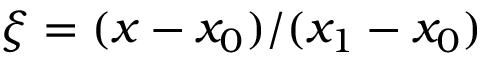
\xi = ( x - x _ { 0 } ) / ( x _ { 1 } - x _ { 0 } )